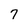
Character: 7